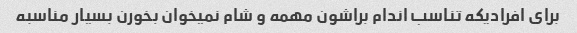
برای افرادیکه تناسب اندام براشون مهمه و شام نمیخوان بخورن بسیار مناسبه